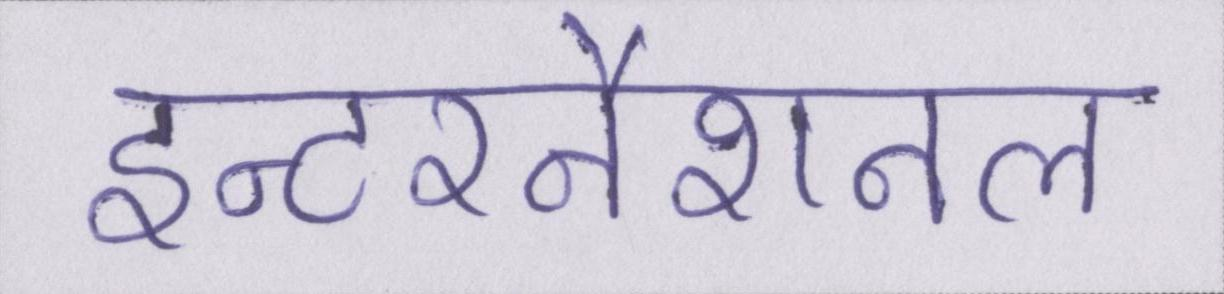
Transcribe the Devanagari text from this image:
इन्टरनैशनल